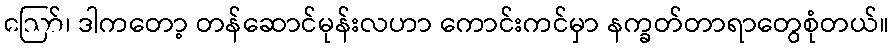
ဪ၊ ဒါကတော့ တန်ဆောင်မုန်းလဟာ ကောင်းကင်မှာ နက္ခတ်တာရာတွေစုံတယ်။